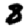
Digit: 8